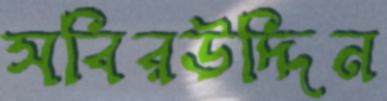
সবিরউদ্দিন